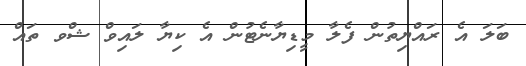
ބަލަ އެ ރައްޔިތުން ފެލާ މީޑިޔާނެޓުން އެ ކިޔާ ލައިވް ޝްވ ތައް